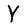
Character: Y